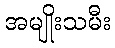
အမျိုးသမီး